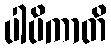
ပါပိကာတိ